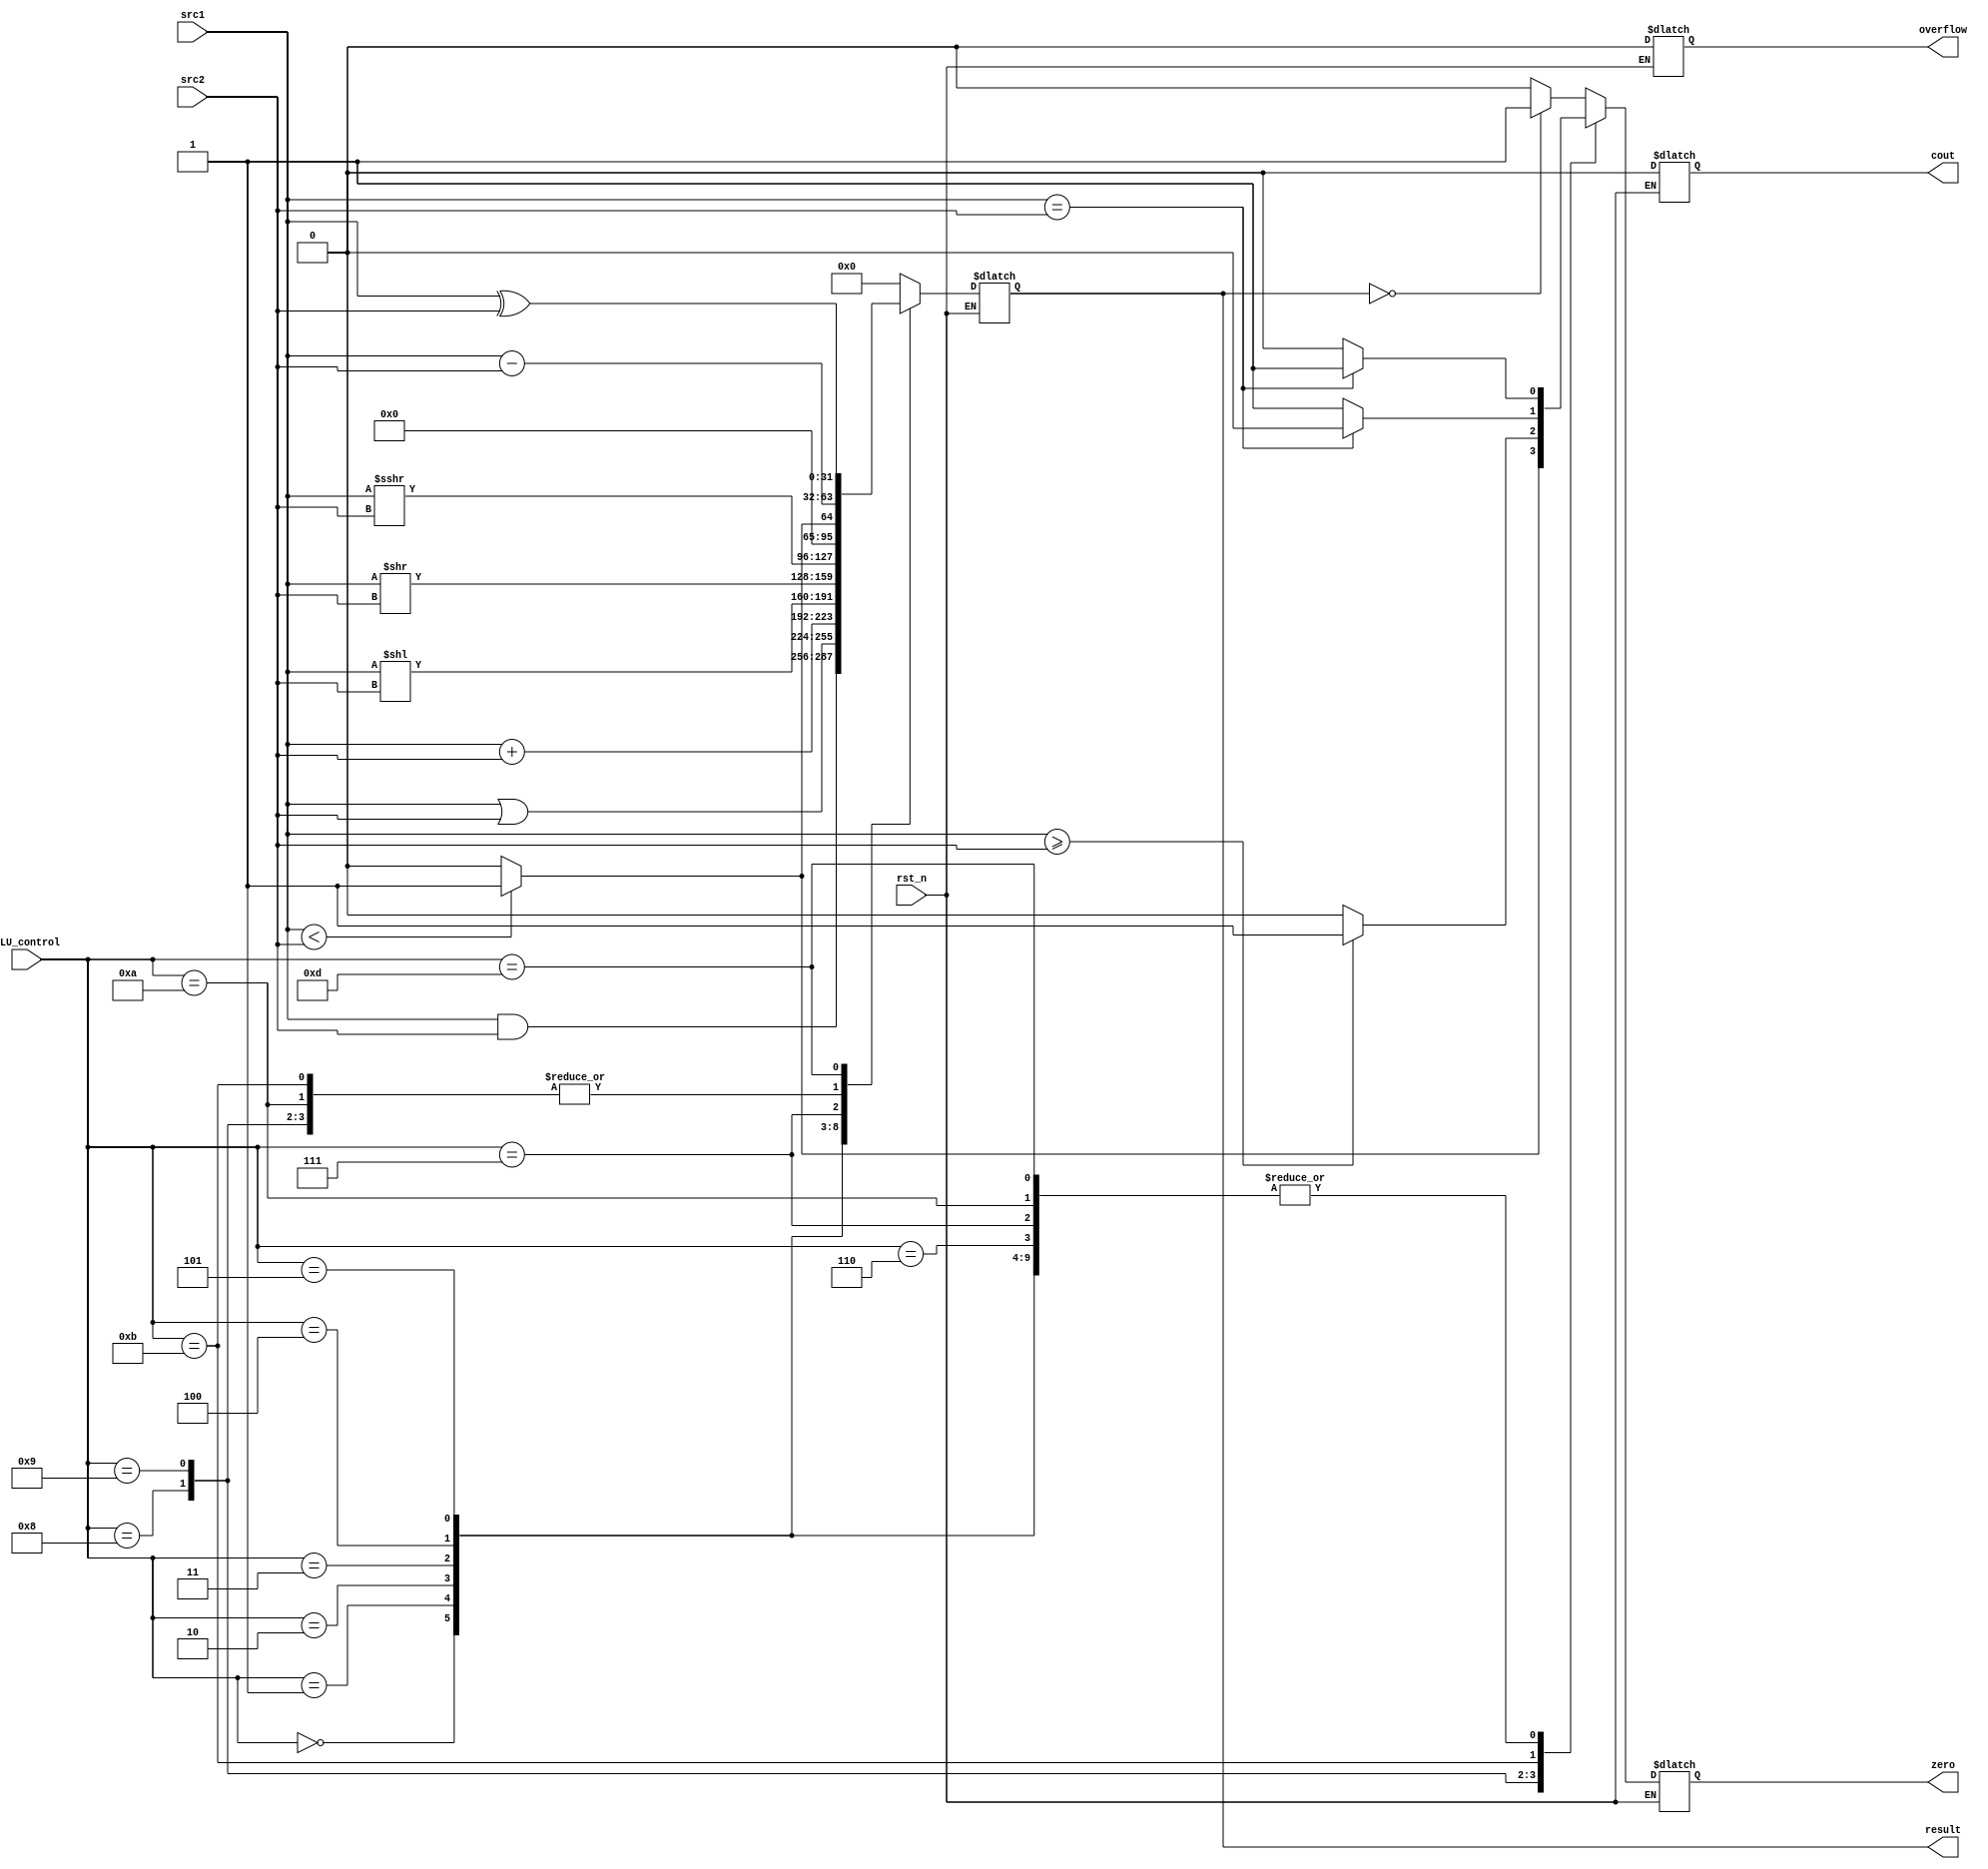
/***************************************************
Student Name:
Student ID:
***************************************************/
`timescale 1ns/1ps

module alu(
	input	       	       rst_n,         // Reset                     (input)
	input		[31:0] src1,          // 32 bits source 1          (input)
	input		[31:0] src2,          // 32 bits source 2          (input)
	input 		[ 3:0] ALU_control,   // 4 bits ALU control input  (input)
	output reg 	[31:0] result,        // 32 bits result            (output)
	output reg	       zero,          // 1 bit when the output is 0, zero must be set (output)
	output reg    	       cout,          // 1 bit carry out           (output)
	output reg    	       overflow       // 1 bit overflow            (output)
	);


always @* 
   begin
      if (rst_n) begin          
	cout <= 1'b0; //Don't care
	overflow <= 1'b0; //Don't care

	case(ALU_control)
		/* AND :0*/
		4'b0000: 
			begin 
				result <= src1 & src2;
				zero <= (src1 == src2)?1:0; 
			end
		/* OR :1*/	
		4'b0001: 
			begin 
				result <= src1 | src2; 
				zero <= (src1 == src2)?1:0;  
			end
		/* ADD :2*/
		4'b0010: 
			begin
				result <= src1 + src2;
				zero <= (src1 == src2)?1:0; 
			end
		/* SLL :3*/
		4'b0011: 
			begin
				result <= src1 << src2;
				zero <= (src1 == src2)?1:0; 
			end
		/* SRL :4*/
		4'b0100: 
			begin
				result <= src1 >> src2;
				zero <= (src1 == src2)?1:0; 
			end
		/* SRA :5*/
		4'b0101: 
			begin
				result <= src1 >>> src2;
				zero <= (src1 == src2)?1:0; 
			end
		/* SUB :6*/
		4'b0110: 
			begin
				result <= src1 - src2;
				zero <= (src1 == src2)?1:0; 	
			end
		/* SLT :7*/
		4'b0111: 
			begin
				result <= (src1 < src2)?1:0;
				zero <= (src1 == src2)?1:0; 	   
			end
		/* BLT :8*/
		4'b1000: 
			begin
				result <= src1 - src2;
				zero <= (src1 < src2)?1:0;
			end
		
		/* BGE :9*/
		4'b1001: 
			begin
				result <= src1 - src2;
				zero <= (src1 >= src2)?1:0;
			end
		/* BEQ :10*/
		4'b1010: 
			begin
				result <= src1 - src2;
				zero <= (src1 == src2)?1:0; 
			end
		/* BNE :11*/
		4'b1011: 
			begin
				result <= src1 - src2;
				zero <= (src1 == src2)?0:1;
			
			end
		/* XOR :13*/
		4'b1101: 
			begin
				result <= src1 ^ src2;
				zero <= (src1 == src2)?1:0; 
			end
		default: 
			begin
				result <= 32'd0;
				zero <= (result == 0)?1:0;  
			end
	endcase

      end 
end



endmodule